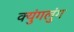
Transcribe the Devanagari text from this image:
क्युंगलुंग